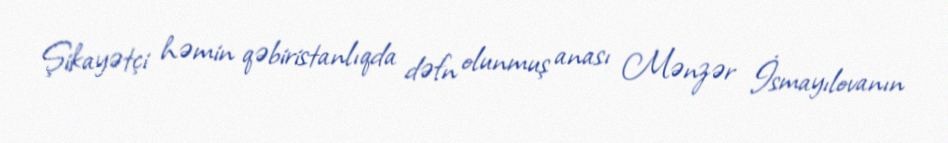
Şikayətçi həmin qəbiristanlıqda dəfn olunmuş anası Mənzər İsmayılovanın